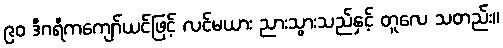
၉၀ ဒီဂရီကကျော်ယင်ဖြင့် လင်မယား ညားသွားသည်နှင့် တူလေ သတည်း။